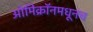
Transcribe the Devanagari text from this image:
ओमिक्रॉनमधूनच